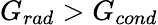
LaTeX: G_{rad}>G_{cond}